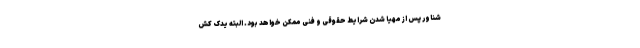
شناور پس از مهیا شدن شرایط حقوقی و فنی ممکن خواهد بود. البته یدک کش